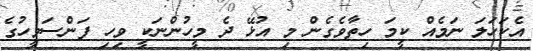
އެކަހަލަ ނަމެއް ކީމަ ހިތާވެގެން މި އުޅޭ ދެ މީހުންނަކީ ވިހި ފަންސަވީހުގެ